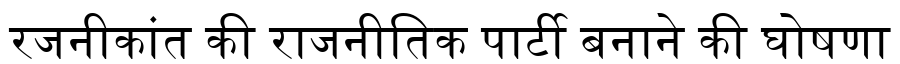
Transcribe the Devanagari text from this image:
रजनीकांत की राजनीतिक पार्टी बनाने की घोषणा